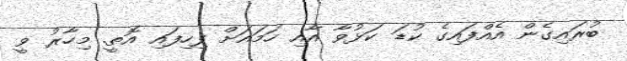
ބުރައިގެން އެއްފައިގެ ކުޑަ ކަޅުވާ އާއި ހަމައަށް ފިހިފައި އޮތީ. މިހާރު ވީ